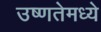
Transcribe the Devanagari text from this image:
उष्णतेमध्ये